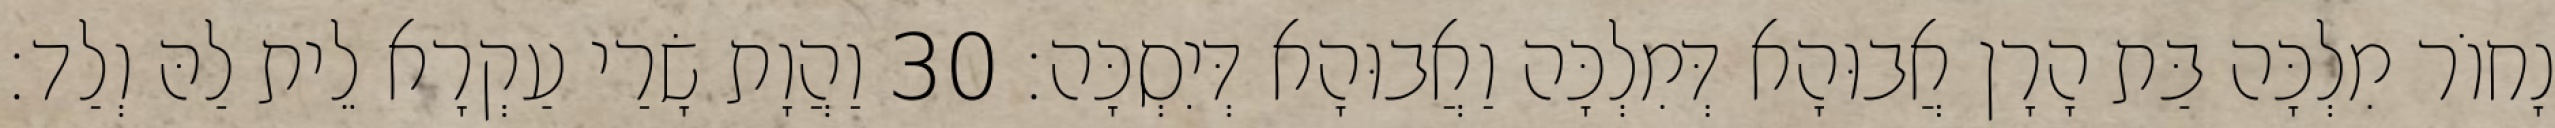
נָחוֹר מִלְכָּה בַּת הָרָן אֲבוּהָא דְּמִלְכָּה וַאֲבוּהָא דְּיִסְכָּה׃ 30 וַהֲוָת שָׂרַי עַקְרָא לֵית לַהּ וְלַד׃